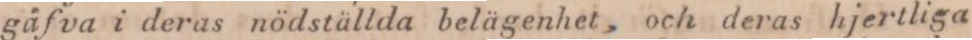
gåfva i deras nödställda belägenhet, och deras hjertliga